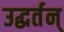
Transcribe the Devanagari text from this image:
उद्धर्तन्